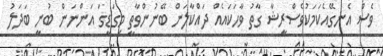
ވެސް އެނގޭއެކަމަކުވެސްރީޝާ ގާތު ވާހަކައެއް ދައްކާލަން ބޭނުންވާތީ މިގަޑީގަ އަންނަން ބުނީ ބަދަލު